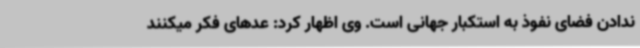
ندادن فضای نفوذ به استکبار جهانی است. وی اظهار کرد: عدهای فکر میکنند